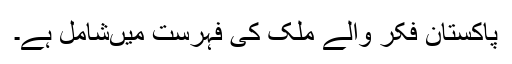
پاکستان فکر والے ملک کی فہرست میںشامل ہے۔